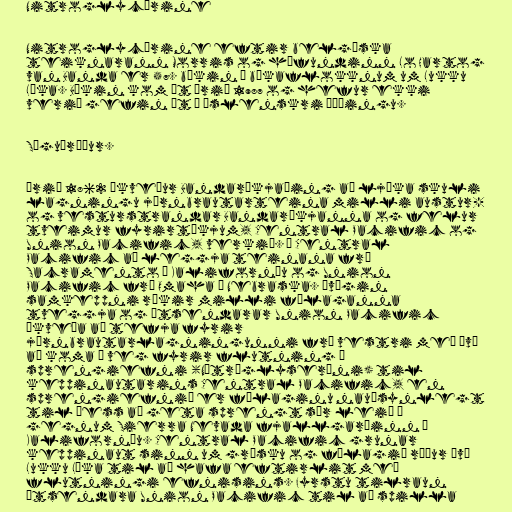
Nitroglycérine

Nitroglycérine eftir belgíska
teiknarann Morris og höfundinn Lo Hartog
van Banda er 57. bókin í bókaflokknum um Lukku
Láka. Bókin kom út árið 1987 og hefur ekki
verið gefin út í íslenskri þýðingu.

Söguþráður.

Árið 1862 ákveður Bandaríkjaþing að ljúka skuli
lagningu járnbrautarteina milli austur-
og vesturstrandar Bandaríkjanna og felur
tveimur fyrirtækjum, Central Pacific og
Union Pacific, verkið. Á Central
Pacific að leggja teinana frá
Sacramento í Kaliforníu og Union
Pacific frá Omaha í Nebraska. Óvægin
samkeppni ríkir milli félaganna
tveggja og útsendarar Union Pacific
ákveða að tefja fyrir
járnbrautarlagningunni frá vestri með því
að koma í veg fyrir flutning á
sprengiefni (Nítróglyseríni) til
keppinautarins Central Pacific, en
sprengiefnið er félaginu nauðsynlegt
til þess að geta sprengt sér leið í
gegnum Sierra Nevada fjallgarðinn í
Kaliforníu. Central Pacific grunar
keppinaut sinn um græsku og félagið ræður því
Lukku Láka til að hafa eftirlit með
flutningi efnisins. Fyrstu tilraun
útsendara Union Pacific til að spilla